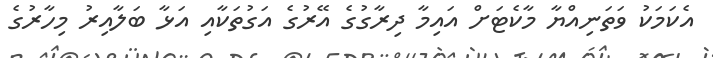
އެކަމަކު ވަތަނިއްޔާ މާކެޓަށް އައިމާ ދިރާގުގެ އޭރުގެ އަގުތަކާއި އަޅާ ބަލާއިރު މިހާރުގެ